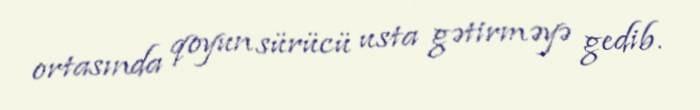
ortasında qoyun sürücü usta gətirməyə gedib.